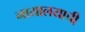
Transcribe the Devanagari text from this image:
नायालयाची